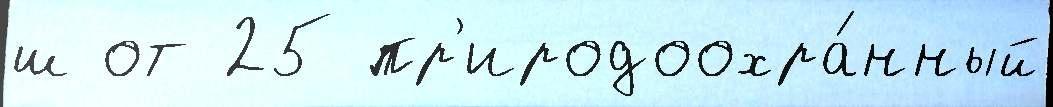
ш от 25 пр'иродоохра́нный